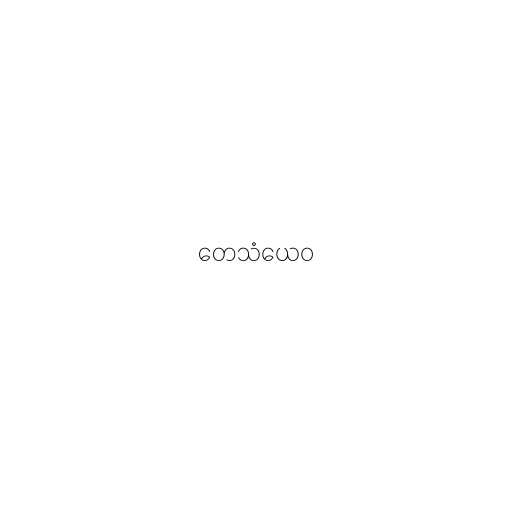
တေသံယေဝ